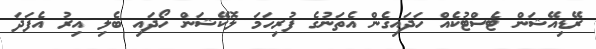
ރޭޑިއޭޝަން ޓެސްޓުކެއް ހަދައިގެން އެތަނުގެ ފުރިހަމަ ލޮކޭޝަން ހޯދައި ބެލި އިރު އެފަދަ